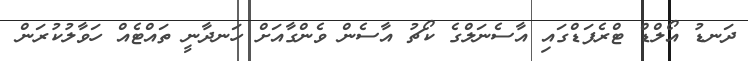
ދަނޑު އޯލްޑް ޓްރެފަޑްގައި އާސެނަލްގެ ކޯޗު އާސެން ވެންގާއަށް ހަނދާނީ ތައްޓެއް ހަވާލުކުރަން